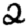
Digit: 2